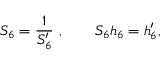
S _ { 6 } = { \frac { 1 } { S _ { 6 } ^ { \prime } } } \ , \qquad S _ { 6 } h _ { 6 } = h _ { 6 } ^ { \prime } ,